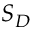
S _ { D }